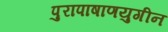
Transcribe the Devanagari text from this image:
पुरापाषाणयुगीन